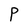
Character: P